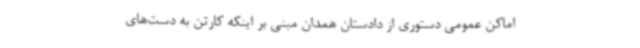
اماکن عمومی دستوری از دادستان همدان مبنی بر اینکه کارتن به دست‌های